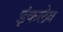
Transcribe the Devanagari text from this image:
इंकलेव